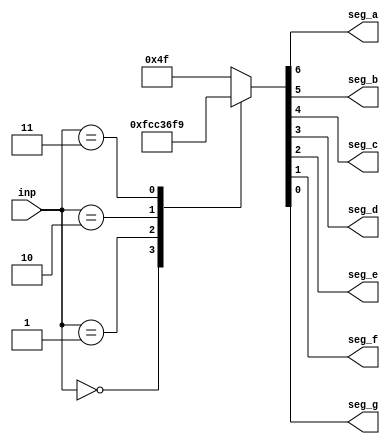
`timescale 1ns / 1ps

module seven_segment_decoder(
    input [2:0] inp,
    output reg  seg_a , seg_b , seg_c , seg_d , seg_e , seg_f , seg_g 
);

always @(*) begin
    case (inp)
        3'b000: {seg_a,seg_b,seg_c,seg_d,seg_e,seg_f,seg_g} = 7'b1111110; // 0
        3'b001: {seg_a,seg_b,seg_c,seg_d,seg_e,seg_f,seg_g} = 7'b0110000; // 1
        3'b010: {seg_a,seg_b,seg_c,seg_d,seg_e,seg_f,seg_g} = 7'b1101101; // 2
        3'b011: {seg_a,seg_b,seg_c,seg_d,seg_e,seg_f,seg_g} = 7'b1111001; // 3
        default: 
        {seg_a,seg_b,seg_c,seg_d,seg_e,seg_f,seg_g} = 7'b1001111; // All other values display E
    endcase
end

endmodule